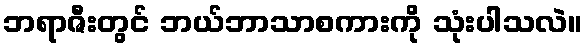
ဘရာဇီးတွင် ဘယ်ဘာသာစကားကို သုံးပါသလဲ။